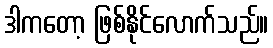
ဒါကတော့ ဖြစ်နိုင်လောက်သည်။